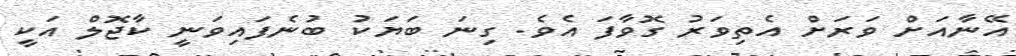
އޭނާއަށް ވަރަށް އެތިވަރު ގޮވާފަ އެވެ. ގިނަ ބަޔަކު ބުނެފައިވަނީ ކާޖޮލް އަކީ